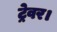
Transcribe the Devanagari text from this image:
ट्रेवर।